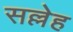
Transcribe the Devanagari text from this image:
सल्लेह